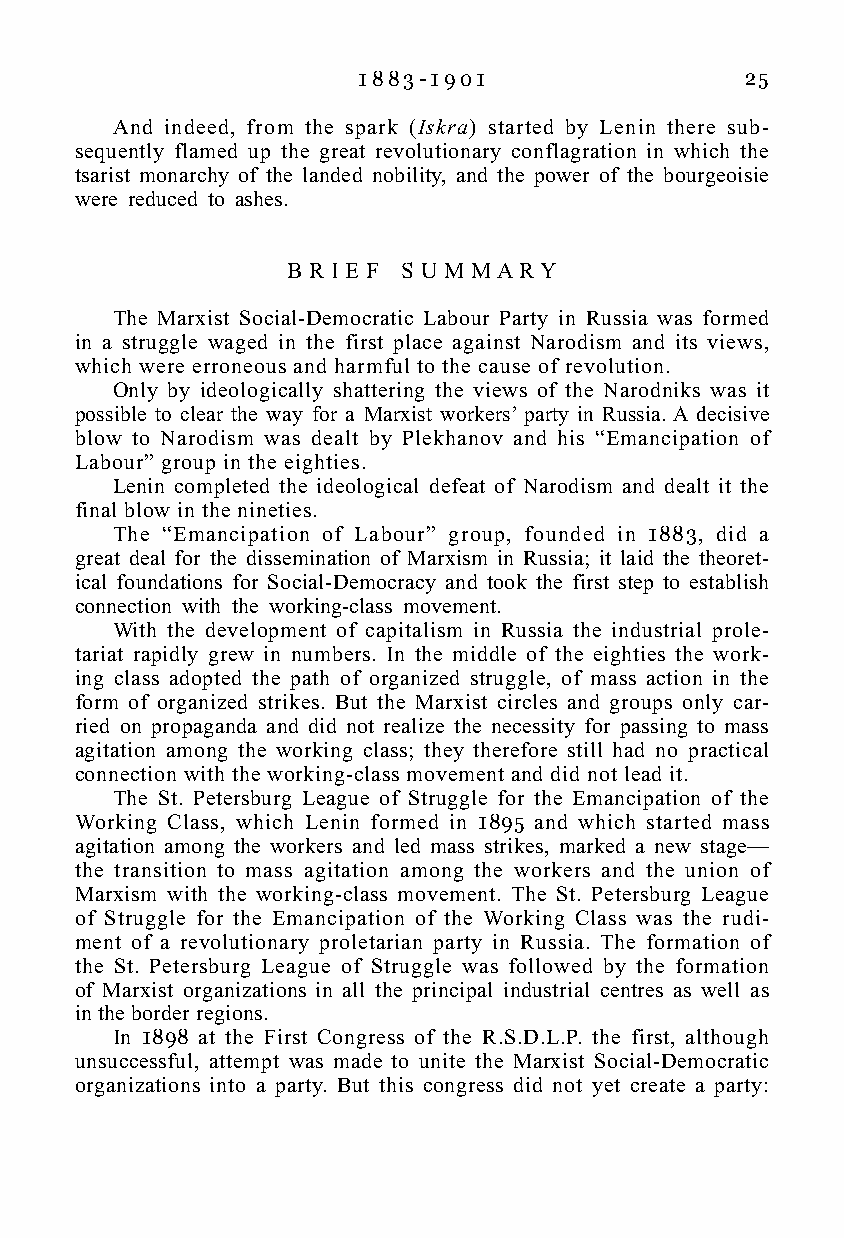
1 8 8 3 - 1 9 0 1        25
 And indeed, from the spark (Iskra) started by Lenin there sub-
 sequently flamed up the great revolutionary conflagration in which the
 tsarist monarchy of the landed nobility, and the power of the bourgeoisie
 were reduced to ashes.
 B R I E F S U M M A R Y
 The Marxist Social-Democratic Labour Party in Russia was formed
 in a struggle waged in the first place against Narodism and its views,
 which were erroneous and harmful to the cause of revolution.
 Only by ideologically shattering the views of the Narodniks was it
 possible to clear the way for a Marxist workers’ party in Russia. A decisive
 blow to Narodism was dealt by Plekhanov and his “Emancipation of
 Labour” group in the eighties.
 Lenin completed the ideological defeat of Narodism and dealt it the
 final blow in the nineties.
 The “Emancipation of Labour” group, founded in 1883, did a
 great deal for the dissemination of Marxism in Russia; it laid the theoret-
 ical foundations for Social-Democracy and took the first step to establish
 connection with the working-class movement.
 With the development of capitalism in Russia the industrial prole-
 tariat rapidly grew in numbers. In the middle of the eighties the work-
 ing class adopted the path of organized struggle, of mass action in the
 form of organized strikes. But the Marxist circles and groups only car-
 ried on propaganda and did not realize the necessity for passing to mass
 agitation among the working class; they therefore still had no practical
 connection with the working-class movement and did not lead it.
 The St. Petersburg League of Struggle for the Emancipation of the
 Working Class, which Lenin formed in 1895 and which started mass
 agitation among the workers and led mass strikes, marked a new stage—
 the transition to mass agitation among the workers and the union of
 Marxism with the working-class movement. The St. Petersburg League
 of Struggle for the Emancipation of the Working Class was the rudi-
 ment of a revolutionary proletarian party in Russia. The formation of
 the St. Petersburg League of Struggle was followed by the formation
 of Marxist organizations in all the principal industrial centres as well as
 in the border regions.
 In 1898 at the First Congress of the R.S.D.L.P. the first, although
 unsuccessful, attempt was made to unite the Marxist Social-Democratic
 organizations into a party. But this congress did not yet create a party: